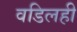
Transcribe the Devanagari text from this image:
वडिलही